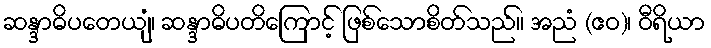
ဆန္ဒာဓိပတေယျံ၊ ဆန္ဒာဓိပတိကြောင့် ဖြစ်သောစိတ်သည်။ အညံ (ဧဝ)၊ ဝီရိယာ